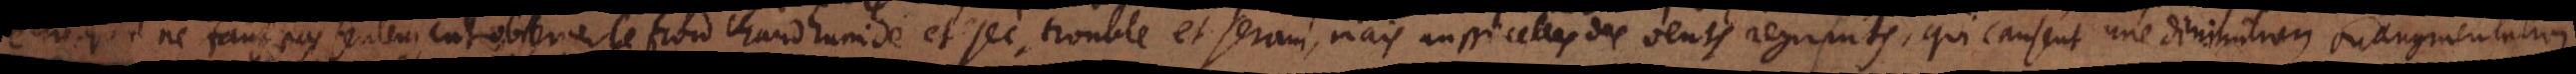
qu’il ne faut pas seulement observer le froid chaud humide et sec, trouble et serain, mais aussi celles des vents regnants, qui causent une diminution ou augmentation